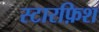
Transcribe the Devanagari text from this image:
स्टारफ़िश